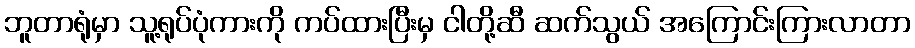
ဘူတာရုံမှာ သူ့ရုပ်ပုံကားကို ကပ်ထားပြီးမှ ငါတို့ဆီ ဆက်သွယ် အကြောင်းကြားလာတာ